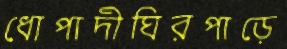
ধোপাদীঘিরপাড়ে